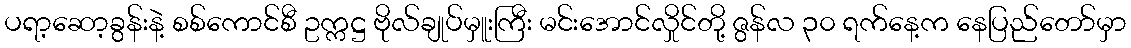
ပရာ့ဆော့ခွန်းနဲ့ စစ်ကောင်စီ ဥက္ကဋ္ဌ ဗိုလ်ချုပ်မှူးကြီး မင်းအောင်လှိုင်တို့ ဇွန်လ ၃၀ ရက်နေ့က နေပြည်တော်မှာ